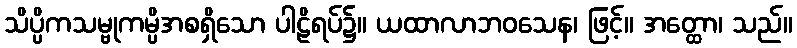
သိပ္ပိကသမ္ဗုကမ္ပိအစရှိသော ပါဠိရပ်၌။ ယထာလာဘဝသေန၊ ဖြင့်။ အတ္ထော၊ သည်။